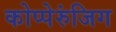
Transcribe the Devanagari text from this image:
कोप्पेरुंजिग